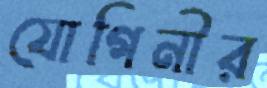
যোগিনীর